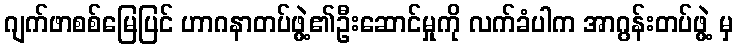
ဂျက်ဖာစစ်မြေပြင် ဟာဂနာတပ်ဖွဲ့၏ဦးဆောင်မှုကို လက်ခံပါက အာဂွန်းတပ်ဖွဲ့ မှ